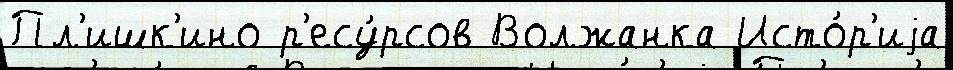
Пл'ишк'ино р'есу́рсов Волжанка Исто́р'иjа